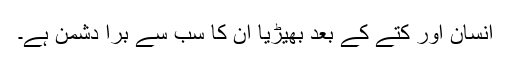
انسان اور کتے کے بعد بھیڑیا ان کا سب سے بُرا دشمن ہے۔